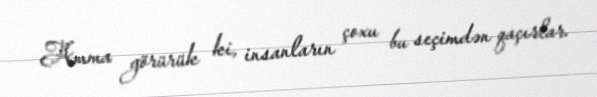
Amma görürük ki, insanların çoxu bu seçimdən qaçırlar.